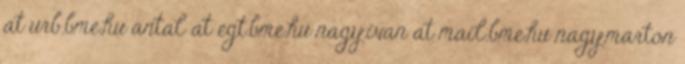
at urb.bme.hu antal at egt.bme.hu nagy.ivan at mail.bme.hu nagy.marton